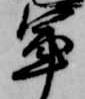
軍